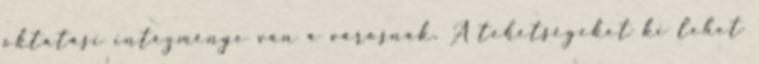
oktatási intézménye van a városnak. A tehetségeket ki lehet